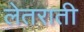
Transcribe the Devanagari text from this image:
लेतराती